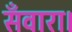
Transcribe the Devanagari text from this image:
सँवारा।